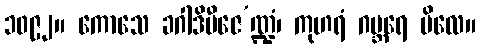
၁၀၉၂။ ကောသေ ခဂါဒိဗီဇေ’ဏ္ဍံ၊ ကုဟရံ ဂဗ္ဘရေ ဗိလေ။